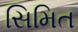
સિમિત